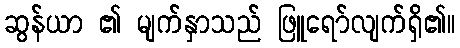
ဆွန်ယာ ၏ မျက်နှာသည် ဖြူရော်လျက်ရှိ၏။